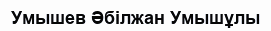
Умышев Әбілжан Умышұлы